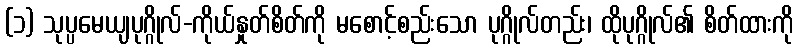
(၁) သုပ္ပမေယျပုဂ္ဂိုလ်-ကိုယ်နှုတ်စိတ်ကို မစောင့်စည်းသော ပုဂ္ဂိုလ်တည်း၊ ထိုပုဂ္ဂိုလ်၏ စိတ်ထားကို